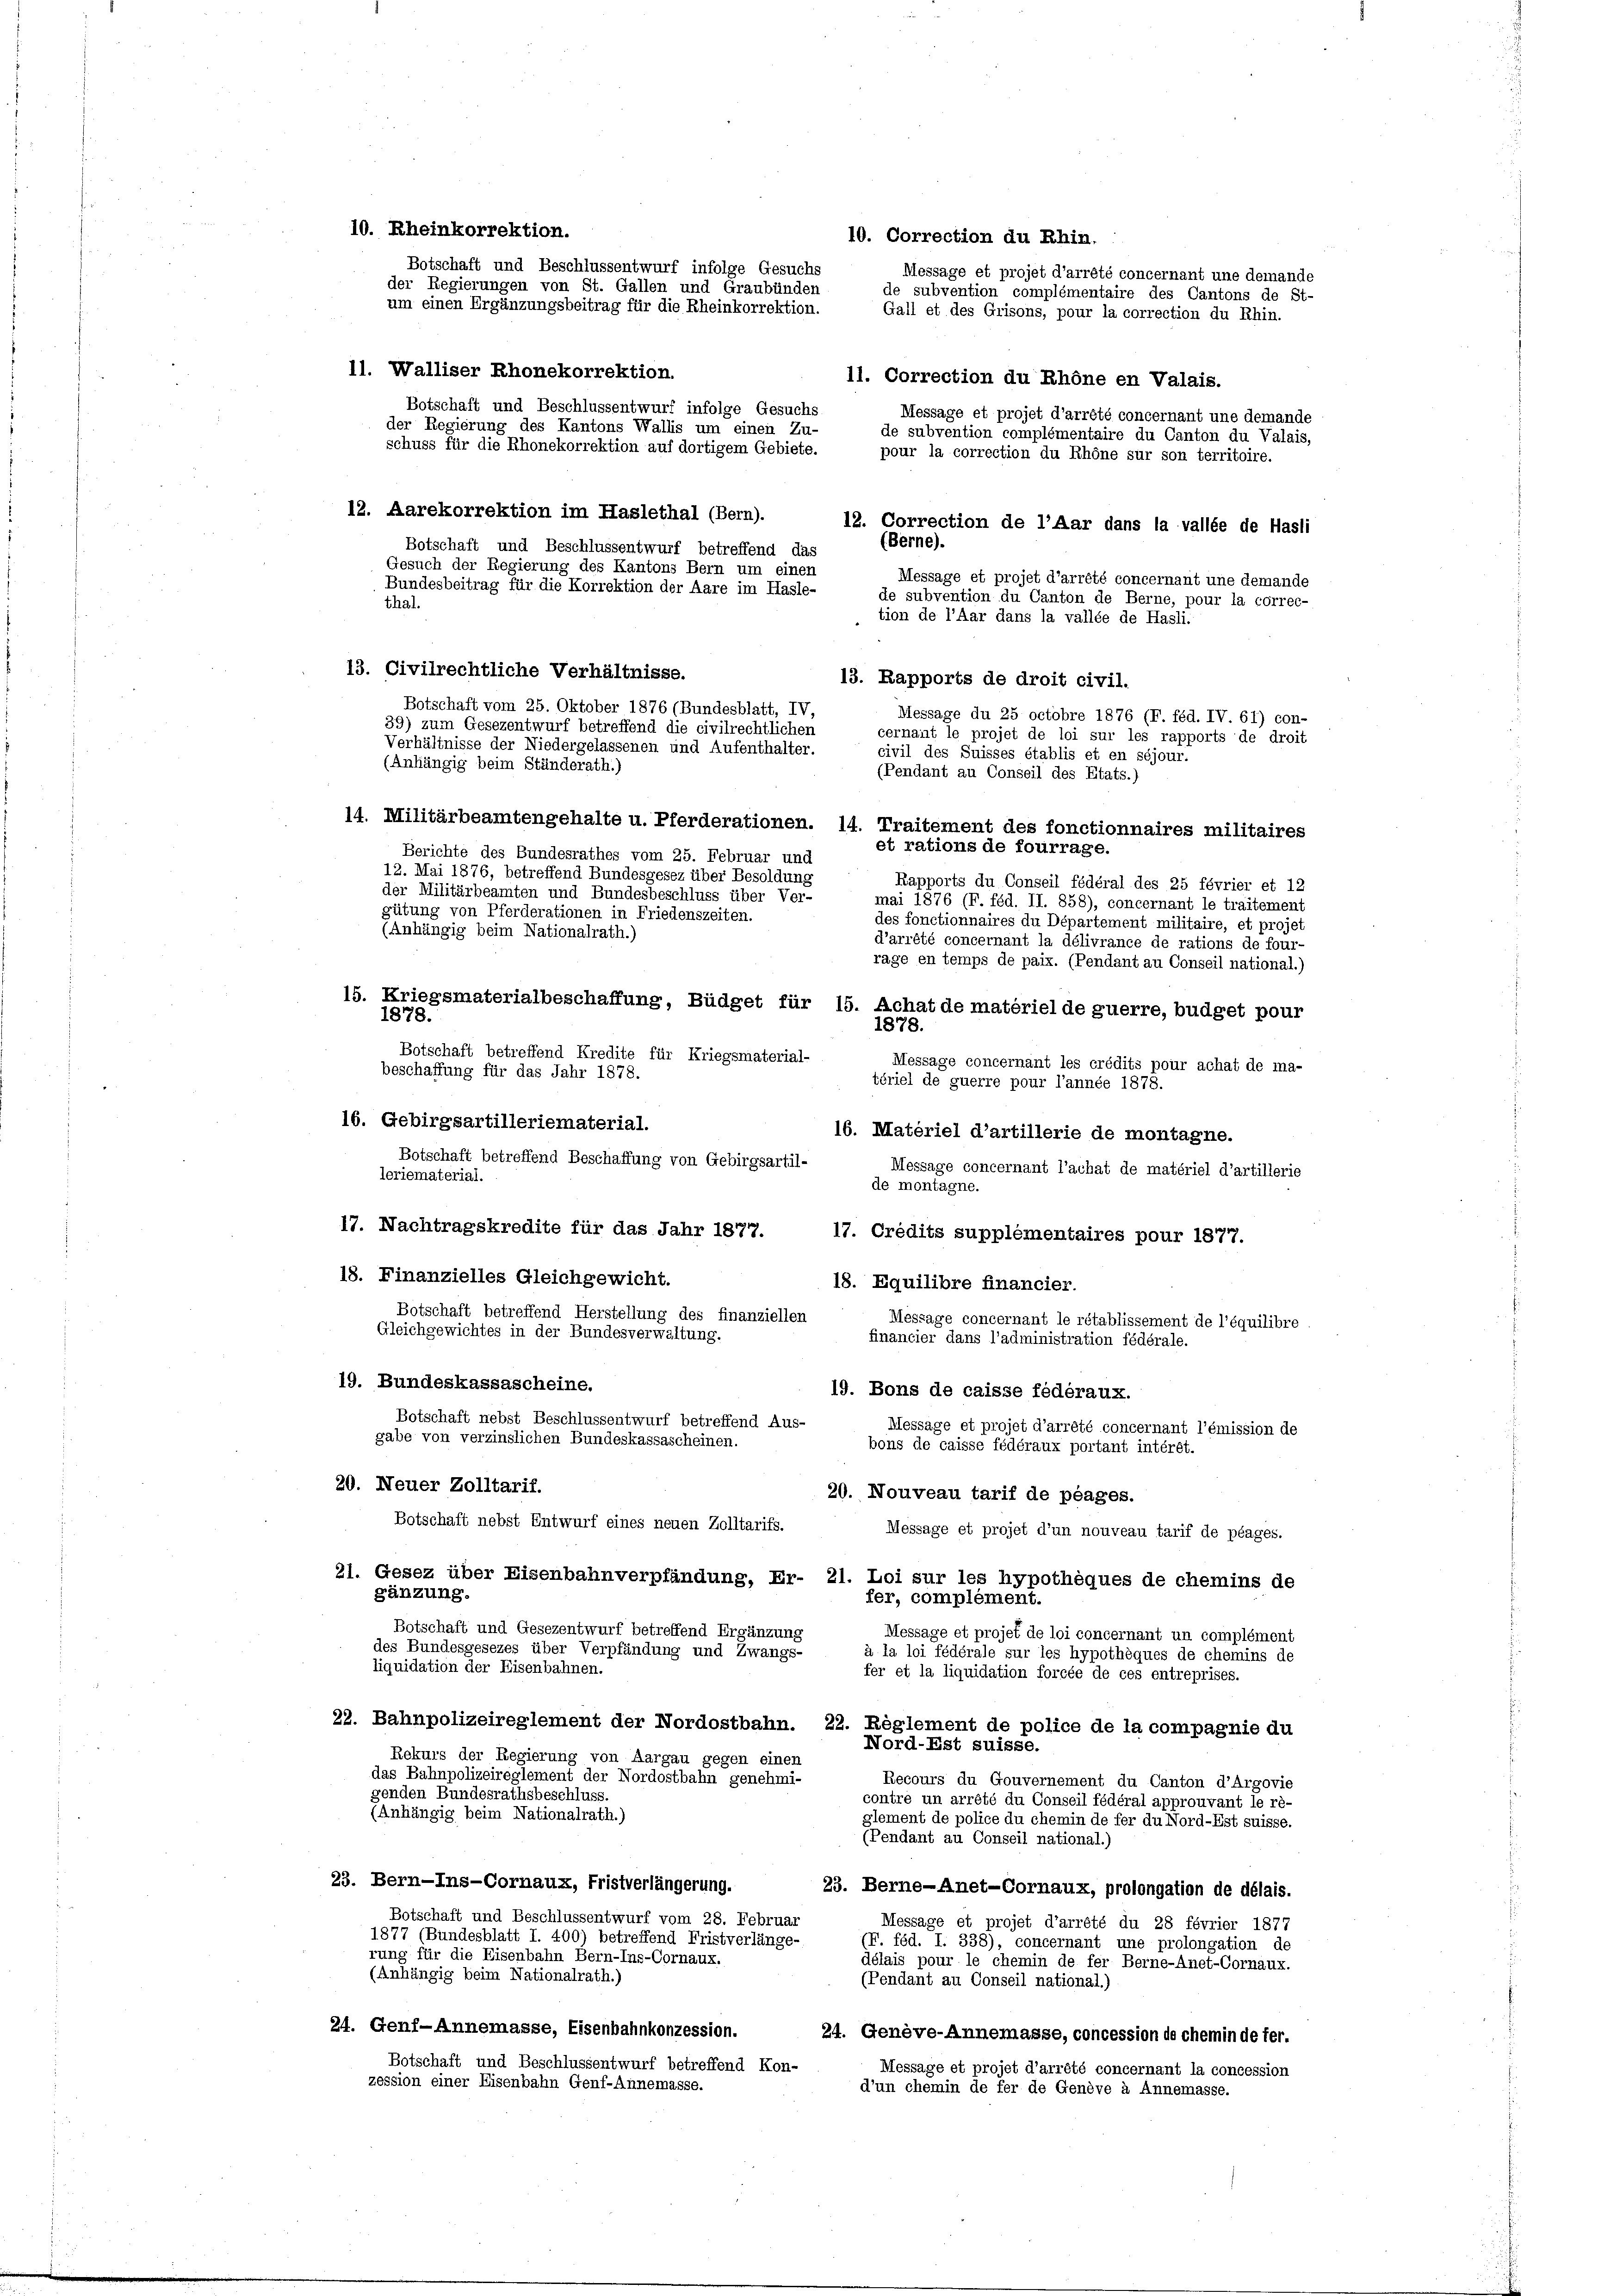
10. Rheinkorrektion.
10. Correction du Rhin.
Botschaft und Beschlussentwurf infolge Gesuchs
der Regierungen von St. Gallen und Graubünden
um einen Ergänzungsbeitrag für die Rheinkorrektion.
11. Walliser Rhonekorrektion.
11. Correction du Rhöne en Valais.
Botschaft und Beschlussentwurf infolge Gesuchs
Message et projet d’arrété concernant une demande
der Regierung des Kantons Wallis um einen Zu-
de subvention complémentaire du Canton du Valais,
schuss für die Rhonekorrektion auf dortigem Gebiete.
pour la correction du Rhöne sur son territoire.
12. Aarekorrektion im Haslethal (Bern).
12. Correction de l’Aar dans la vallée de Hasli
(Berne).
Botschaft und Beschlussentwurf betreffend das
Gesuch der Regierung des Kantons Bern um einen
Message et projet d’arrété concernant une demande
Bundesbeitrag für die Korrektion der Aare im Hasle-
de subvention du Canton de Berne, pour la correc-
thal.
tion de l’Aar dans la vallée de Hasli.
13. Civilrechtliche Verhältnisse.
13. Rapports de droit civil.
Botschaft vom 25. Oktober 1876 (Bundesblatt, IV,
Message du 25 octobre 1876 (F. féd. IV. 61) con-
39) zum Gesezentwurf betreffend die civilrechtlichen
cernant le projet de loi sur les rapports de droit
Verhältnisse der Niedergelassenen und Aufenthalter.
civil des Suisses établis et en séjour.
(Anhängig beim Ständerath.)
(Pendant au Conseil des Etats.)
14. Militärbeamtengehalte u. Pferderationen. 14. Traitement des fonctionnaires militaires
et rations de fourrage.
Berichte des Bundesrathes vom 25. Februar und
12. Mai 1876, betreffend Bundesgesez über Besoldung
Rapports du Conseil fédéral des 25 février et 12
der Militärbeamten und Bundesbeschluss über Ver-
mai 1876 (F. féd. II. 858), concernant le traitement
gütung von Pferderationen in Friedenszeiten.
des fonctionnaires du Département militaire, et projet
(Anhängig beim Nationalrath.)
d’arrété concernant la délivrance de rations de four-
rage en temps de paix. (Pendant au Conseil national.)
15. Kriegsmaterialbeschaffung, Büdget für 15. Achat de matérielde guerre, budget pour
1878.
1878.
Botschaft betreffend Kredite für Kriegsmaterial-
Message concernant les crédits pour achat de ma-
beschaffung für das Jahr 1878.
tériel de guerre pour l’année 1878.
16. Gebirgsartilleriematerial.
16. Matériel d’artillerie de montagne.
Botschaft betreffend Beschaffung von Gebirgsartil-
Message concernant l’achat de matériel d’artillerie
leriematerial.
de montagne.
17. Nachtragskredite für das Jahr 1877.
17. Credits supplémentaires pour 1877.
18. Finanzielles Gleichgewicht.
18. Equilibre financier.
Botschaft betreffend Herstellung des finanziellen
Message concernant le rétablissement de l’équilibre
Gleichgewichtes in der Bundesverwaltung.
financier dans l’administration fédérale.
19. Bundeskassascheine.
19. Bons de caisse fédéraux.
Botschaft nebst Beschlussentwurf betreffend Aus-
Message et projet d’arrété concernant l’émission de
gabe von verzinslichen Bundeskassascheinen.
bons de caisse fédéraux portant intérêt.
20. Neuer Zolltarif.
20. Nouveau tarif de plages.
Botschaft nebst Entwurf eines neuen Zolltarifs.
Message et projet d’un nouveau tarif de péages.
21. Gesez über Eisenbahnverpfändung, Er- 21. Loi sur les hypothèques de chemins de
gänzung.
fer, complément.
Botschaft und Gesezentwurf betreffend Ergänzung
Message et projet de loi concernant un complément
des Bundesgesezes über Verpfändung und Zwangs-
à la loi fédérale sur les hypothèques de chemins de
liquidation der Eisenbahnen.
fer et la liquidation forcée de ces entreprises.
22. Bahnpolizeireglement der Nordostbahn. 22. Reglement de police de la compagnie du
Nord-Est suisse.
Rekurs der Regierung von Aargau gegen einen
das Bahnpolizeireglement der Nordostbahn genehmi-
Recours du Gouvernement du Canton d’Argovie
genden Bundesrathsbeschluss.
contre un arrété du Conseil fédéral approuvant le ré-
(Anhängig beim Nationalrath.)
glement de police du chemin de fer du Nord-Est suisse.
(Pendant au Conseil national.)
23. Bern-Ins-Cornaux, Fristverlängerung.
23. Berne-Anet-Cornaux, prolongation de délais.
Botschaft und Beschlussentwurf vom 28. Februar
Message et projet d’arrêté du 28 février 1877
1877 (Bundesblatt I. 400) betreffend Fristverlänge-
(F. féd. I. 338), concernant une prolongation de
rung für die Eisenbahn Bern-Ins-Cornaux.
délais pour le chemin de fer Berne-Anet-Cornaux.
(Anhängig beim Nationalrath.)
(Pendant au Conseil national.)
24. Genf-Annemasse, Eisenbahnkonzession.
24. Geneve-Annemasse, concession de cheminde fer.
Botschaft und Beschlussentwurf betreffend Kon-
Message et projet d’arrêté concernant la concession
zession einer Eisenbahn Genf-Annemasse.
d’un chemin de fer de Genève à Annemasse.

Message et projet d’arrété concernant une demande
de subvention complémentaire des Cantons de St-
Gall et des Grisons, pour la correction du Rhin.